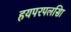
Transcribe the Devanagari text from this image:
हयपरपलसिा